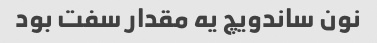
نون ساندویچ یه مقدار سفت بود